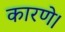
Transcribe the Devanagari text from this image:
कारणे।